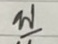
บ